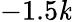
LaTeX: -1.5\mathit{k}